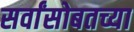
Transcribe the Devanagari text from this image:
सर्वांसोबतच्या